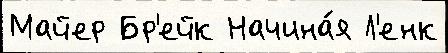
Майер Бр'ейк Начина́я Л'енк